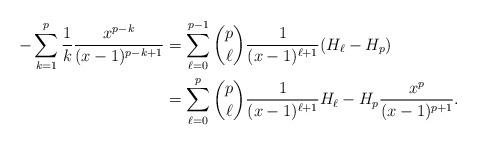
LaTeX: \begin{align*}-\sum_{k=1}^{p}\frac1k \frac{x^{p-k}}{(x-1)^{p-k+1}}&=\sum_{\ell=0}^{p-1}\binom{p}\ell \frac{1}{(x-1)^{\ell+1}}(H_\ell-H_p)\\&= \sum_{\ell=0}^{p}\binom{p}\ell \frac{1}{(x-1)^{\ell+1}}H_\ell- H_p\frac{x^p}{(x-1)^{p+1}}.\end{align*}